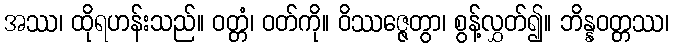
အဿ၊ ထိုရဟန်းသည်။ ဝတ္တံ၊ ဝတ်ကို။ ဝိဿဇ္ဇေတွာ၊ စွန့်လွှတ်၍။ ဘိန္နဝတ္တဿ၊